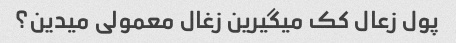
پول زعال کک میگیرین زغال معمولی میدین؟